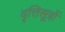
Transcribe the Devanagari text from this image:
वृत्तिसूत्रों